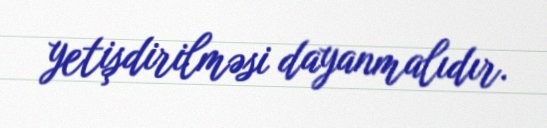
yetişdirilməsi dayanmalıdır.